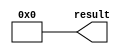
module  const0_lpm_constant
	( 
	result) /* synthesis synthesis_clearbox=1 */;
	output   [31:0]  result;


	assign
		result = {32{1'b0}};
endmodule